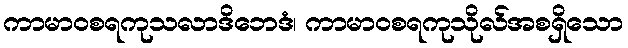
ကာမာဝစရကုသလာဒိဘေဒံ၊ ကာမာဝစရကုသိုလ်အစရှိသော